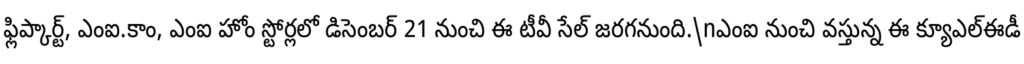
ఫ్లిప్కార్ట్, ఎంఐ.కాం, ఎంఐ హోం స్టోర్లలో డిసెంబర్ 21 నుంచి ఈ టీవీ సేల్ జరగనుంది.\nఎంఐ నుంచి వస్తున్న ఈ క్యూఎల్ఈడీ